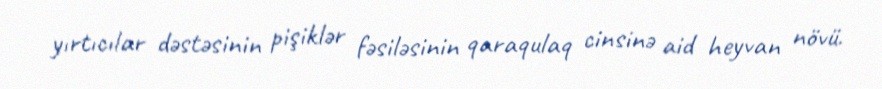
yırtıcılar dəstəsinin pişiklər fəsiləsinin qaraqulaq cinsinə aid heyvan növü.